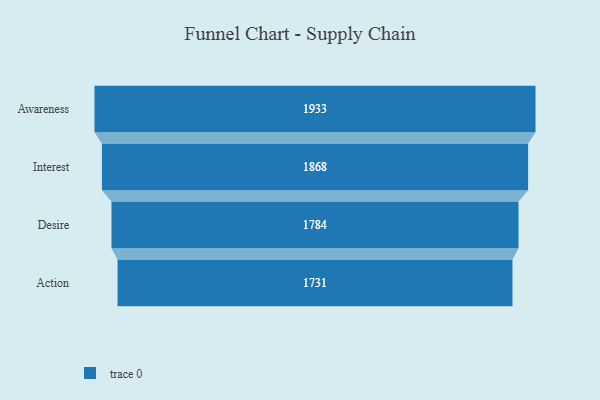
{"axis": {"x": "Stage", "y": "Value"}, "legend": [""], "data": [{"x": "Awareness", "y": 1933.0, "type": ""}, {"x": "Interest", "y": 1868.0, "type": ""}, {"x": "Desire", "y": 1784.0, "type": ""}, {"x": "Action", "y": 1731.0, "type": ""}]}